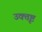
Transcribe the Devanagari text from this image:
उक्तृष्ट